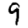
Digit: 9